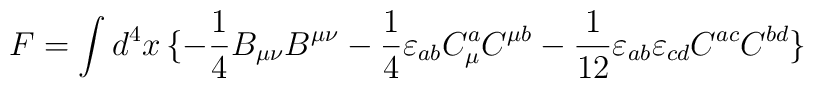
F=\int d^4x\,\{-\frac{1}{4}B_{\mu\nu}B^{\mu\nu}-\frac{1}{4} \varepsilon_{ab}C_\mu^aC^{\mu b}- \frac{1}{12}\varepsilon_{ab}\varepsilon_{cd}C^{ac}C^{bd}\}